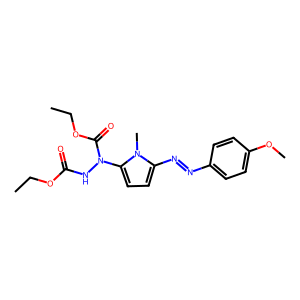
SMILES: CCOC(=O)NN(C(=O)OCC)c1ccc(N=Nc2ccc(OC)cc2)n1C
Inhibits HIV replication: No